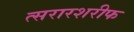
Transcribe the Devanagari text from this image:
त्सरारशरीफ